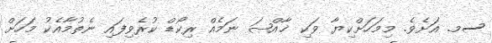
ސމ. އަށެވެ. މިމަހަށްކިޔާ ވަކި ޚާއްޞަ ނަމެއް ރިކޯޑް ކުރެވިފައި ނެތުމާއެކު މަހަށް